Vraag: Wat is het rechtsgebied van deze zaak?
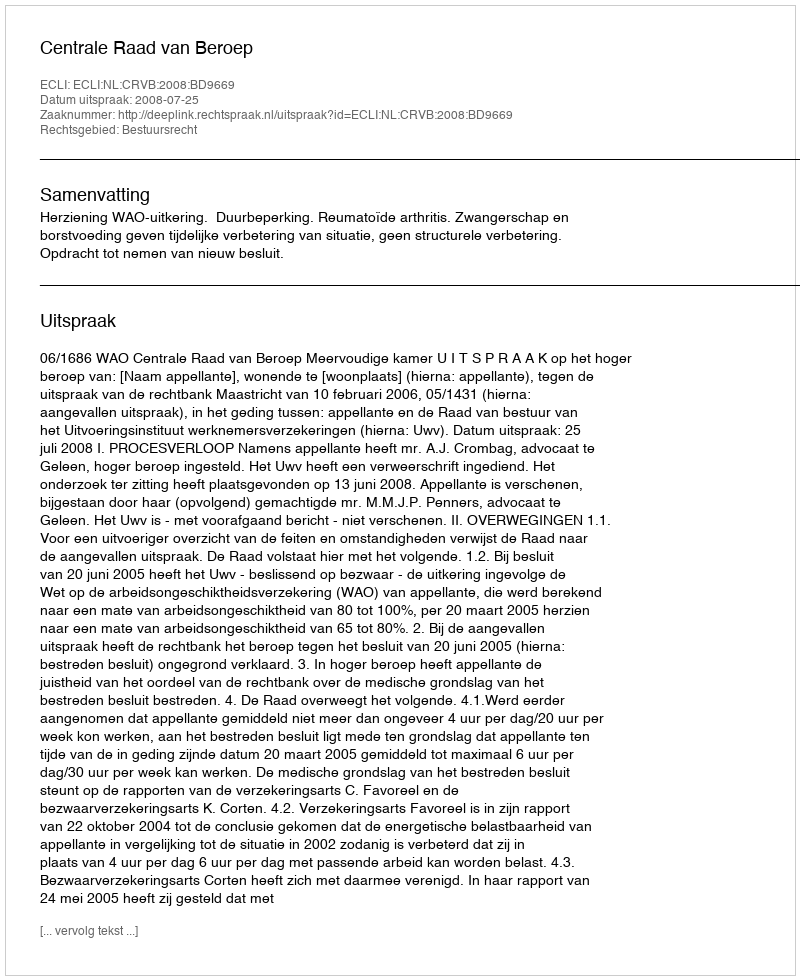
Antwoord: Bestuursrecht